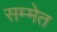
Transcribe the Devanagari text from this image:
सम्मेत